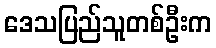
ဒေသပြည်သူတစ်ဦးက